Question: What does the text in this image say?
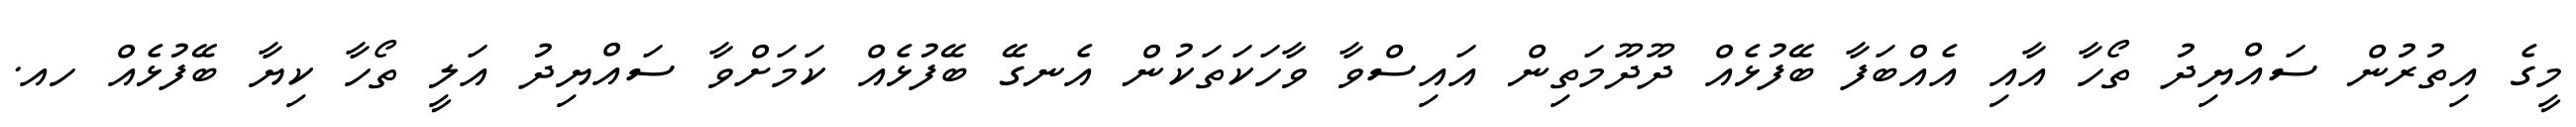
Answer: މީގެ އިތުރުން ސައްޔިދު ތޯހާ އާއި އެއްބަފާ ބޭފުޅެއް ދޫދޫމަތިން އައިސްވާ ވާހަކަތަކުން އެނގޭ ބޭފުޅެއް ކަމަށްވާ ސައްޔިދު އަލީ ތޯހާ ކިޔާ ބޭފުޅެއް ހއ.